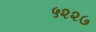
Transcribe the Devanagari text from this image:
५२२७